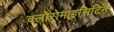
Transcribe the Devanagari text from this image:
क्लोरोमाइसिटिन